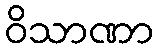
ဝိသာဏာ